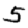
Digit: 5